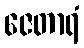
ဇေတာရံ